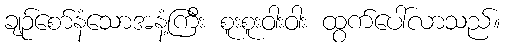
ချဉ်စော်နံသောအနံ့ကြီး စူးစူးဝါးဝါး ထွက်ပေါ်လာသည်။